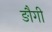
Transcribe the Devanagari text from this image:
ङौगी